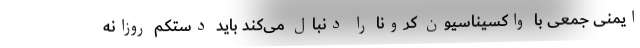
ایمنی جمعی با واکسیناسیون کرونا را دنبال می‌کند باید دستکم روزانه